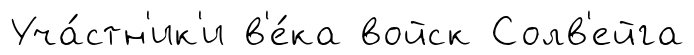
Уча́стн'ик'и в'е́ка войск Солв'ейга